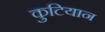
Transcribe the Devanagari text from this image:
कुटियान